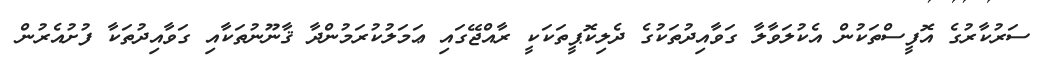
ސަރުކާރުގެ އޮފީސްތަކުން އެކުލަވާލާ ގަވާއިދުތަކުގެ ދެލިކޮޕީތަކަކީ ރާއްޖޭގައި ޢަމަލުކުރަމުންދާ ޤާނޫނުތަކާއި ގަވާއިދުތަކާ ފުށުއެރުން